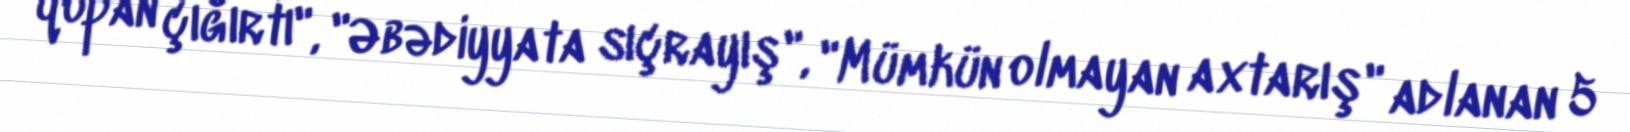
qopan çığırtı", "Əbədiyyata sıçrayış", "Mümkün olmayan axtarış" adlanan 5